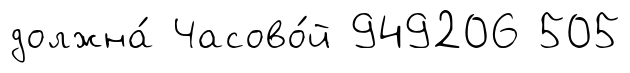
должна́ Часово́й 949206 505